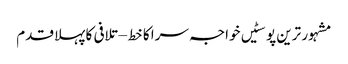
مشہور ترین پوسٹیں	خواجہ سرا کا خط – تلافی کا پہلا قدم